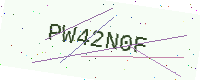
Text: PW42N0F